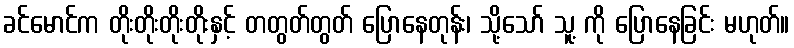
ခင်မောင်က တိုးတိုးတိုးတိုးနှင့် တတွတ်တွတ် ပြောနေတုန်း၊ သို့သော် သူ့ ကို ပြောနေခြင်း မဟုတ်။